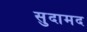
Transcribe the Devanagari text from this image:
सुदामद